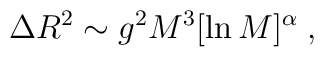
\Delta R^2 \sim g^2 M^3 [\ln M]^\alpha \; ,